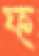
ফ্